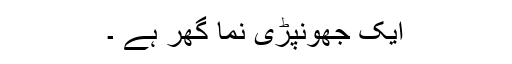
ایک جھونپڑی نما گھر ہے ۔